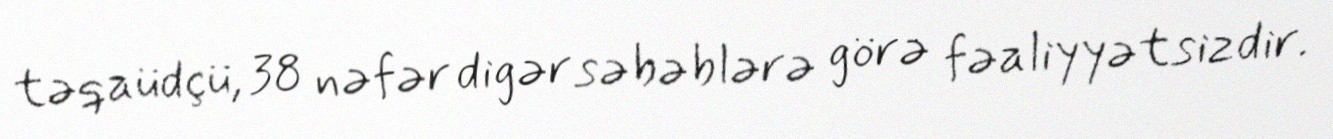
təqaüdçü, 38 nəfər digər səbəblərə görə fəaliyyətsizdir.